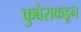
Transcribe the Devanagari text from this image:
कुबेराकडून